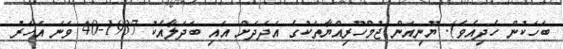
ބަހަކުން ހެދިއެވެ). ޔޫނިއަން ޖުމްހޫރިއްޔާތަކުގެ އަދަދަށް އައި ބަދަލާއެކު 1937-40 ވަނަ އަހަރު